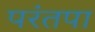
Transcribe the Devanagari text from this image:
परंतपा